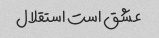
عشق است استقلال